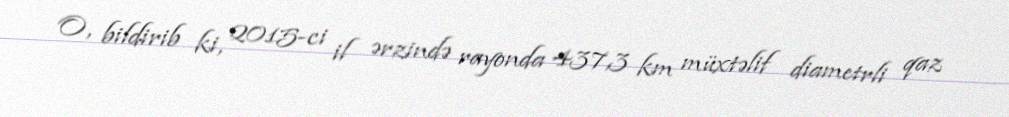
O, bildirib ki, 2015-ci il ərzində rayonda 437,3 km müxtəlif diametrli qaz